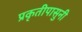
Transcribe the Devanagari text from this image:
प्रकृतीपासुनी